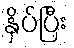
နှိပ်ပြီး